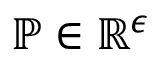
\mathbb { P } \in \mathbb { R } ^ { \epsilon }